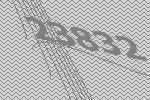
23832